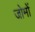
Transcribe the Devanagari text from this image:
जोमों